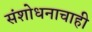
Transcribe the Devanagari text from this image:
संशोधनाचाही